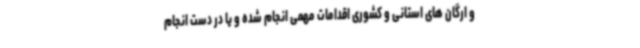
و ارگان های استانی و کشوری اقدامات مهمی انجام شده و یا در دست انجام